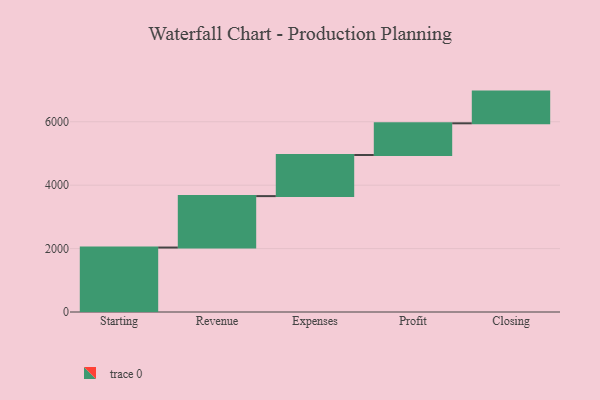
{"axis": {"x": "Step", "y": "Value"}, "legend": [""], "data": [{"x": "Starting", "y": 2033.0, "type": ""}, {"x": "Revenue", "y": 1622.0, "type": ""}, {"x": "Expenses", "y": 1296.0, "type": ""}, {"x": "Profit", "y": 1000, "type": ""}, {"x": "Closing", "y": 1000, "type": ""}]}